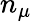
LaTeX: n_{\mu}